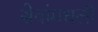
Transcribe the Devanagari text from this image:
सेवांमधली